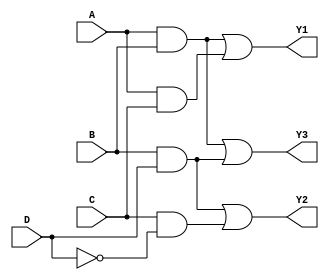
module jewel_pal (
    input wire A,   // Input A
    input wire B,   // Input B
    input wire C,   // Input C
    input wire D,   // Input D
    output wire Y1, // Output Y1
    output wire Y2, // Output Y2
    output wire Y3  // Output Y3
);

// Programmable AND gates
// The connections to the AND gates can be programmed as needed
wire and1, and2, and3, and4;

// Example programmable AND gate configurations
// You can customize these based on your specific requirements
assign and1 = A & B;          // AND gate 1: A AND B
assign and2 = A & C;          // AND gate 2: A AND C
assign and3 = B & D;          // AND gate 3: B AND D
assign and4 = C & ~D;         // AND gate 4: C AND NOT D

// Fixed OR array
// Each output is connected to a predetermined combination of AND gates
assign Y1 = and1 | and2;      // Output Y1: OR of AND gates 1 and 2
assign Y2 = and3 | and4;      // Output Y2: OR of AND gates 3 and 4
assign Y3 = and1 | and3;      // Output Y3: OR of AND gates 1 and 3

endmodule